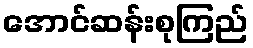
အောင်ဆန်းစုကြည်